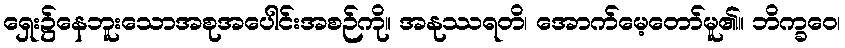
ရှေး၌နေဘူးသောအစုအပေါင်းအစဉ်ကို။ အနုဿရတိ၊ အောက်မေ့တော်မူ၏။ ဘိက္ခဝေ၊